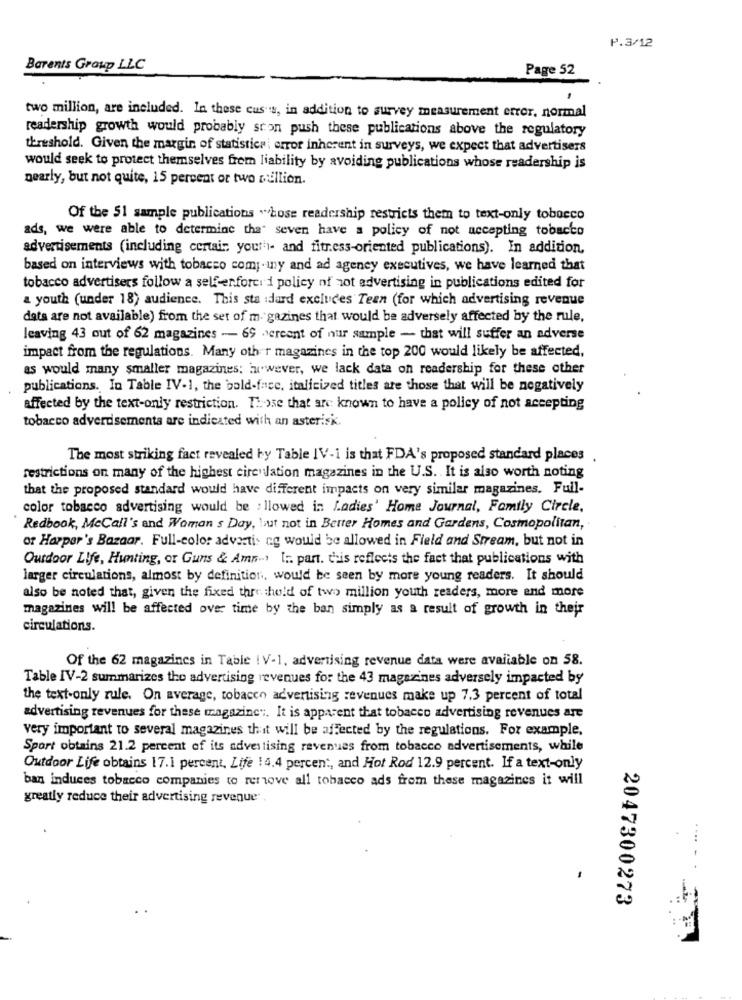
P.3/12
Barents Group LLC
Page 52
two million, are included. In these cus's, in addition to survey measurement error, normal
readership growth would probably ston push these publications above the regulatory
threshold. Given the margin of statistics. error inherent in surveys, we expect that advertisers
would seek to protect themselves from liability by avoiding publications whose readership is
nearly, but not quite, 15 percent or two million.
Of the 51 sample publications whose readership restricts them to text-only tobocco
ads, we were able to determine the" seven have a policy of not accepting tobacco
advertisements (including certain youth- and fitress-oriented publications). In addition,
based on interviews with tobacco com ;. iny and ad agency executives, we have learned that
tobacco advertisers follow a self-eenforci 1 policy of zot advertising in publications edited for
a youth (under 18) audience. This sta dard excludes Teen (for which advertising revenue
data are not available) from the set of m. gazines that would be adversely affected by the rule,
leaving 43 out of 62 magazines - 69 percent of nur sample - that will suffer an adverse
impact from the regulations. Many other magazines in the top 200 would likely be affected,
as would many smaller magazines: Eu wever, we lack data on readership for these other
publications. In Table IV-1, the bold-face, italicized titles are those that will be negatively
affected by the text-only restriction. Those that are known to have a policy of not accepting
tobacco advertisementa are indiested with an asterisk.
The most striking fact revealed by Table IV-1 is that FDA's proposed standard places .
restrictions on many of the highest circulation magazines in the U.S. It is also worth noting
that the proposed standard would have different impacts on very similar magazines. Full-
color tobacco advertising would be : llowed in Ladies' Home Journal, Family Circle,
Redbook, McCall's and Woman s Day, but not in Better Homes and Gardens, Cosmopolitan,
or Harper's Bazaar. Full-color advertis ng would be allowed in Field and Stream, but not in
Outdoor Life, Hunting, or Guns & Amn ... I .. part. this reflects the fact that publications with
larger circulations, almost by definition, would be seen by more young readers. It should
also be noted that, given the fixed threshold of two million youth readers, more and more
magazines will be affected over time by the ban simply as a result of growth in their
circulations.
Of the 62 magazines in Table ! V-1, advertising revenue data were available on 58.
Table IV-2 summarizes the advertising revenues for the 43 magazines adversely impacted by
the text-only rule. On average, tobacco advertising revenues make up 7.3 percent of total
advertising revenues for these magazine". It is apparent that tobacco advertising revenues are
very important to several magazines that will be affected by the regulations. For example,
Sport obtains 21.2 percent of its advertising revenues from tobacco advertisements, while
Outdoor Life obtains 17.1 percent, Life 14.4 percent, and Hot Rod 12.9 percent. If a text-only
ban induces tobacco companies to remove all tobacco ads from these magazines it will
greatly reduce their advertising revenue
....
2047300273